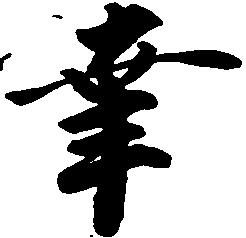
幸